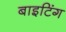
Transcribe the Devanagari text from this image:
बाइटिंग